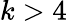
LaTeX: k>4